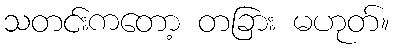
သတင်းကတော့ တခြား မဟုတ်။